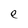
Character: e